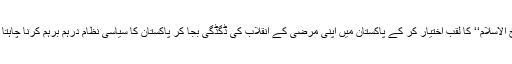
’’شیخ اُلاسلام‘‘ کا لقب اختیار کر کے پاکستان میں اپنی مرضی کے انقلاب کی ڈگڈگی بجا کر پاکستان کا سیاسی نظام درہم برہم کرنا چاہتا ہے؟